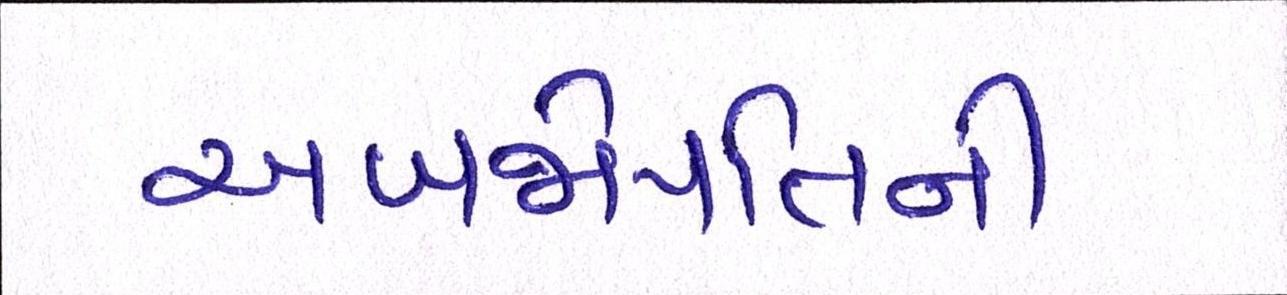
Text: અબજોપતિની